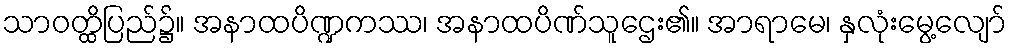
သာဝတ္ထိပြည်၌။ အနာထပိဏ္ဍကဿ၊ အနာထပိဏ်သူဌေး၏။ အာရာမေ၊ နှလုံးမွေ့လျော်